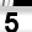
Digit: 5